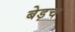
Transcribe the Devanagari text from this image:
बेड़च